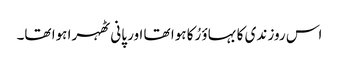
اس روز ندی کا بہاؤ رُکا ہوا تھا اور پانی ٹھہرا ہوا تھا۔